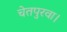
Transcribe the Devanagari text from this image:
चेतपुरवा।